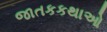
જાતકકથાઓ